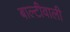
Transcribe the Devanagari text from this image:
बाल्टीवाली